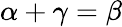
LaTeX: \alpha+\gamma=\beta